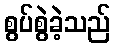
စွပ်စွဲခဲ့သည်